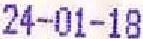
24-01-18